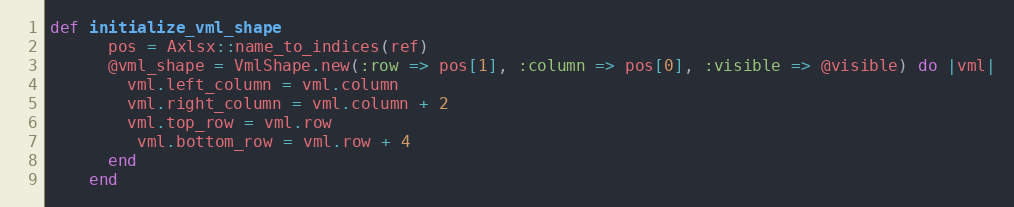
Language: Ruby
def initialize_vml_shape
      pos = Axlsx::name_to_indices(ref)
      @vml_shape = VmlShape.new(:row => pos[1], :column => pos[0], :visible => @visible) do |vml|
        vml.left_column = vml.column
        vml.right_column = vml.column + 2
        vml.top_row = vml.row
         vml.bottom_row = vml.row + 4
      end
    end